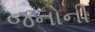
જનોની